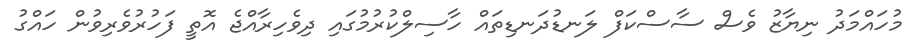
މުހައްމަދު ނިޔާޒު ވެސް ސާސްކަފް ލަނޑުދަނޑިތައް ހާސިލްކުރުމުގައި ދިވެހިރާއްޖެ އޮތީ ފަހުރުވެރިވުން ހައްގު